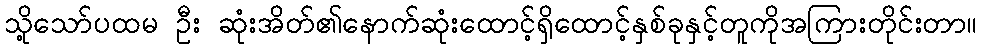
သို့သော်ပထမ ဦး ဆုံးအိတ်၏နောက်ဆုံးထောင့်ရှိထောင့်နှစ်ခုနှင့်တူကိုအကြားတိုင်းတာ။